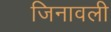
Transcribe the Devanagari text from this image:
जिनावली